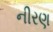
નીરણ